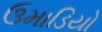
ઉમાડિયો